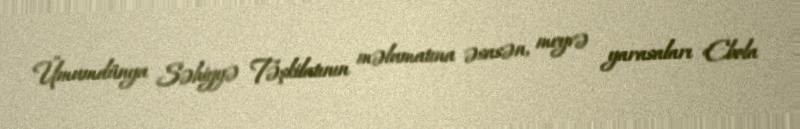
Ümumdünya Səhiyyə Təşkilatının məlumatına əsasən, meyvə yarasaları Ebola